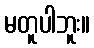
မတူပါဘူး။